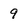
Character: 9